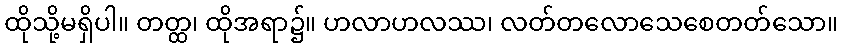
ထိုသို့မရှိပါ။ တတ္ထ၊ ထိုအရာ၌။ ဟလာဟလဿ၊ လတ်တလောသေစေတတ်သော။